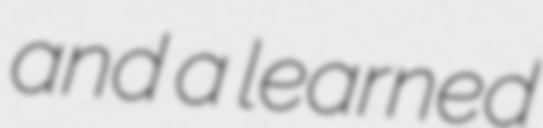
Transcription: and a learned